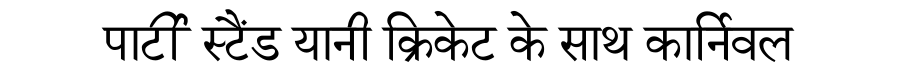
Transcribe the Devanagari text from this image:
पार्टी स्टैंड यानी क्रिकेट के साथ कार्निवल